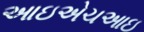
આઇએચઆઇ